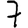
Digit: 7